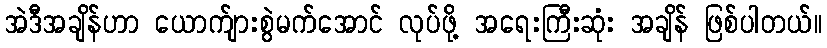
အဲဒီအချိန်ဟာ ယောက်ျားစွဲမက်အောင် လုပ်ဖို့ အရေးကြီးဆုံး အချိန် ဖြစ်ပါတယ်။